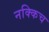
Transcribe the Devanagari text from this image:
नक्किच